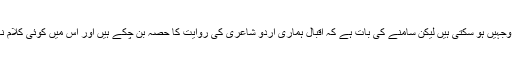
اس كی كئی وجہیں ہو سكتی ہیں لیكن سامنے كی بات ہے كہ اقبال ہماری اردو شاعری كی روایت كا حصہ بن چكے ہیں اور اس میں كوئی كلام نہیں ہو سكتا ۔